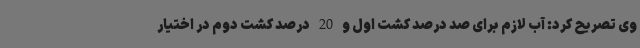
وی تصریح کرد: آب لازم برای صد درصد کشت اول و 20 درصد کشت دوم در اختیار